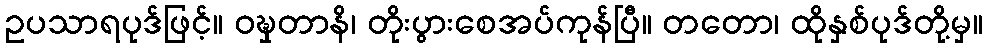
ဥပသာရပုဒ်ဖြင့်။ ဝဍ္ဎှတာနိ၊ တိုးပွားစေအပ်ကုန်ပြီ။ တတော၊ ထိုနှစ်ပုဒ်တို့မှ။